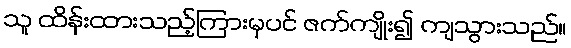
သူ ထိန်းထားသည့်ကြားမှပင် ဇက်ကျိုး၍ ကျသွားသည်။